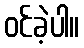
ဝင်ခဲ့ပါ။